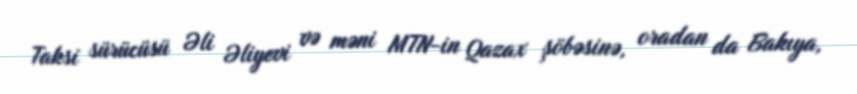
Taksi sürücüsü Əli Əliyevi və məni MTN-in Qazax şöbəsinə, oradan da Bakıya,